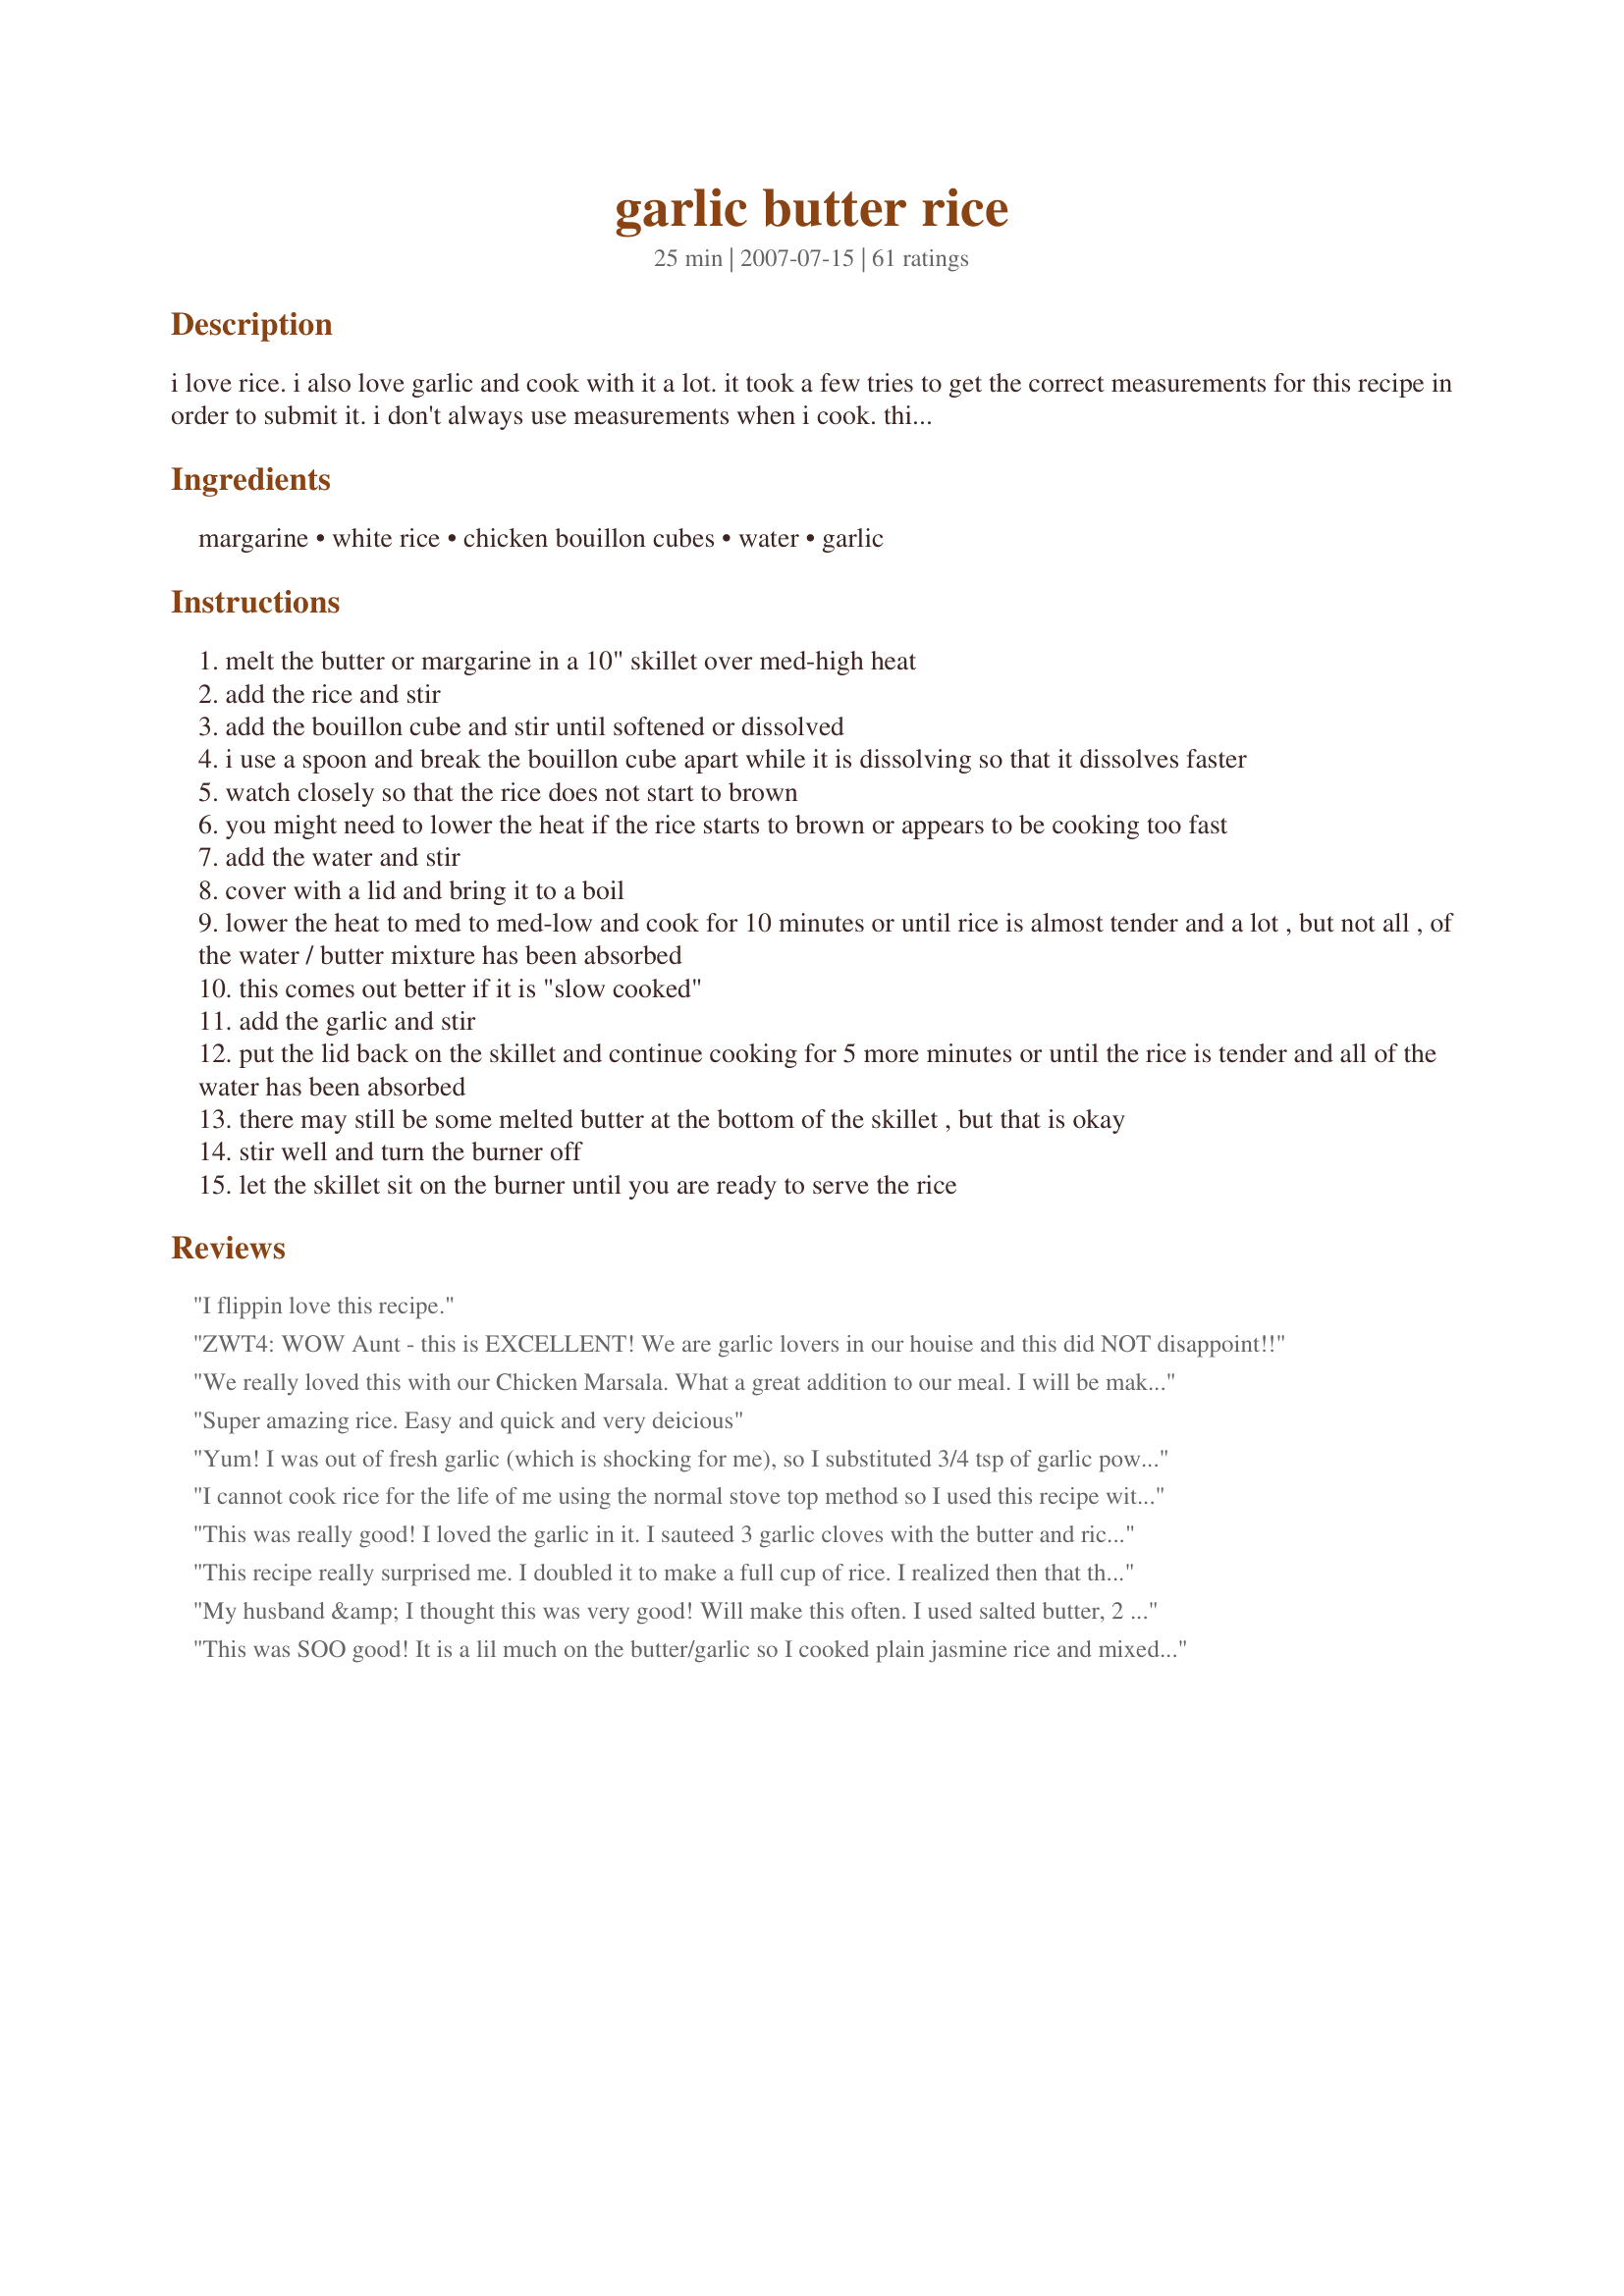
garlic butter rice
Preparation time: 25 minutes

i love rice. i also love garlic and cook with it a lot. it took a few tries to get the correct measurements for this recipe in order to submit it. i don't always use measurements when i cook. this is very easy to make. this is a very moist and buttery rice with a good, but not overpowering garlic flavor. for rice with less moisture, use less water and for a less garlicky flavor, use less garlic. i read in an article on an internet medical site, that if garlic is cooked too long, it loses some of its healthful benefits. they said not to cook garlic any longer than 3-6 minutes. i have also noticed that it loses some of its flavor if it's cooked too long. therefore, i add the garlic towards the end of the cooking time to get more of a garlic flavor and more healthful benefits from the garlic. i will sometimes have this for breakfast with a fried egg. i just put some of the rice on a plate and put a fried egg on it and mix it together. it is really good that way. i also serve the rice with gravy over it as a side dish with some meat. it is also good just by itself. the chicken bouillon is optional but it adds to the flavor of the rice. if you have to or are watching your sodium intake, you might want to omit the bouillon or use less of it. i have found that jasmine rice gives the best results for this recipe but you can also use white rice. prep and cooking times are estimates. note: due to the first review, i have edited this recipe. thank you lauralie41,

Ingredients:
margarine, white rice, chicken bouillon cubes, water, garlic

Steps:
melt the butter or margarine in a 10" skillet over med-high heat
add the rice and stir
add the bouillon cube and stir until softened or dissolved
i use a spoon and break the bouillon cube apart while it is dissolving so that it dissolves faster
watch closely so that the rice does not start to brown
you might need to lower the heat if the rice starts to brown or appears to be cooking too fast
add the water and stir
cover with a lid and bring it to a boil
lower the heat to med to med-low and cook for 10 minutes or until rice is almost tender and a lot , but not all , of the water / butter mixture has been absorbed
this comes out better if it is "slow cooked"
add the garlic and stir
put the lid back on the skillet and continue cooking for 5 more minutes or until the rice is tender and all of the water has been absorbed
there may still be some melted butter at the bottom of the skillet , but that is okay
stir well and turn the burner off
let the skillet sit on the burner until you are ready to serve the rice

Reviews:
I flippin love this recipe.
ZWT4: WOW Aunt - this is EXCELLENT! We are garlic lovers in our houise and this did NOT disappoint!!
We really loved this with our Chicken Marsala. What a great addition to our meal. I will be making it often as a side we all enjoyed! Thank!
Super amazing rice. Easy and quick and very deicious
Yum! I was out of fresh garlic (which is shocking for me), so I substituted 3/4 tsp of garlic powder and found it mild and delish. We also used brown rice and increased the cooking time to 40 minutes, and it was still quite lovely.
I cannot cook rice for the life of me using the normal stove top method so I used this recipe with the cooking method from Recipe #109716 . Turned out perfect!YUM!
This was really good! I loved the garlic in it. I sauteed 3 garlic cloves with the butter and rice. Then boiled 2 more garlic cloves with the rice. Used less butter then was recommended though.
This recipe really surprised me. I doubled it to make a full cup of rice. I realized then that this calls for twice the liquid that my normal method does. I was skeptical, and nearly changed it, but I'm glad I didn't. The rice turned out very creamy - almost like risotto without all the work! I used chicken broth rather than water and bouillon cube. My husband did say it had too much garlic, but I had gone for the larger amount, so I will just cut back next time.
My husband &amp; I thought this was very good! Will make this often. I used salted butter, 2 1/2t Better than Bouillon Base, Jasmine Rice, water &amp; 2T fresh minced garlic. I wouldn't use less garlic but would possibly use more the next time. Had to cook almost 5 minutes longer than recipe calls for. Definitely a keeper!
This was SOO good! It is a lil much on the butter/garlic so I cooked plain jasmine rice and mixed half plain rice with half this recipe and that was a perfect dish for me. I added mixed veggies too.
New family favorite! I doubled it, but followed receipe otherwise and served alongside Steelhead Trout. Worked together beautifully. Will use less butter next time when doing so, but still have no left overs. With pre-teen kids, this means success in my book!
This was delicious! My DH made this for me using brown rice and just cooked it longer, and it turned out to be an excellent dish. We also had the leftovers with a fried egg the next morning as suggested, and that was terrific too! Thanks for posting! :)
Yummy! This rice was so delicious, we all really enjoyed eating it. I used the Jasmine rice, two chicken bouillon cubes, water and two tablespoons of garlic. I'm so glad I used the water instead of the chicken broth because the flavours of the bouillon and broth would be to overpowering. If I make this again next time I will cut down the butter to two tablespoons just because I think it would be healthier for my family. Overall we all really enjoyed this recipe so much, there were no leftovers. Thank you AuntWoofieWoof
Oooh this was tasty! Made some changes based on previous reviews and our taste: used 3/4 cup rice, 2 1/2 cup water and one large chicken bouillon cube. I think if I used chicken stock in place of water it would have been WAAAYYY too salty even with the increased rice. I used a total of about 1/4 cup butter. I did five FAT garlic cloves (we loveeee garlic) and sauteed half with the butter, the other half stirred in near the end as per directions. Also threw in a small diced onion with the garlic and butter. Finally I sprinkled in red pepper flakes, dried oregano and basil and black pepper when I added the rice. Served with a ton of green peas (I mixed mine into the rice - yum) and a baked spicy coil sausage we found here in Bulgaria. SO GOOD!
Made for Holiday Tag 2007. Wonderful rice recipe. So full of flavor. I have only ever made rice in a rice cooekr before, but I followed this recipe exactly (using the chicken broth instead of the water) and it came out perfectly. The rice was fluffy and perfectly cooked. This would make a great dish to so many meals. Thanks for another terrific recipe, Aunt.
Super tasting rice! I used 2 Tblsp. of butter, 1 cup of rice, and enough broth to cover the rice by one inch. We loved the garlic and butter flavor. I cooked it a little longer than suggested because we like our rice fully cooked. Thanks for sharing.
Used long grain brown rice instead of white. I also used 2 cups of rice. 1 cup veggie broth and 3 cups of water. I kept the same amount of garlic and also added 1/2 cup chopped onion. I used only 2 tablespoons of butter. I melted the butter in a pot and sauteed the onion and garlic together on medium heat. I then added rice and stirred it up. I sauteed the rice for a minute or two then added the liquid and a teaspoon of salt. I then turned up the heat to boil. After it began to boil I put a flame tamer under the pot. The flame tamer keeps the rice from sticking to the bottom of the pot. I then turned down to medium to a good simmer, stirred it once, and let the rice cook UNCOVERED for about 40 mins until most of the water was absorbed. I then turned the heat all the way down to low and covered it for 10 minutes to let it steam. After 10 mins I turned off the heat and kept it covered for another 10 minutes. It came out great! It was fluffy, light and very flavorful. My husband and mother in law loved it, and they both come from a Puerto Rican family who makes rice on a daily basis, so when they like the rice I know it is good. Will definitely make again.
This is lovely & simple, especially when you cheat & use the rice cooker like me. I put the rice in with 1 tsp chicken stock powder and 1 tsp garlic powder and a bit of parsley for colour, once it got to keep warm stage I stirred in the butter, yum. Made for ZWT 4.
Trying to find something comparable to Uncle Ben's Garlic butter rice, this surely came close. I used chicken broth to cook the rice in and at the end I added salt and peeper. Adding the salt was a mistake. My bad! Other wise it was quite good. Thanks for sharing.
This way way too garlicky and buttery for me. And I like garlic and butter. I doubled the recipe but only increased the butter to 1/2 cup and it was still just too much. However, the texture of the rice was good. Soft and thick. For that I give it two and a half stars. I might try mixing it with unflavored white rice and see if I can eat it that way.
Really flavorful rice. I used Brown Jasmine and I also replaced 1Tbs. of the butter with sesame oil. We enjoyed it along side of recipe #187477 Everyone here liked it. Thanks!
I tried this yesterday and it was a great hit at our house. It went very well with baked pork chops and potato wedges. This recipe is a keeper. Thanks for posting it!&lt;br/&gt;.
I was skeptical that the rice would cook properly but it came out perfect!
I loved this rice. It is such an easy side dish and costs next to nothing!!! Yummy, I served this with recipe#19859 and it was perfect. Thank you so much for such an easy dish.
This rice was very delicious. I ended up adding tuna and onion. However, I added 2 tablespoons of garlic but didn't get a strong enough flavor. Next time I will add 3 or even 4 tablespoons of garlic.
OMG this is YUMMY! Will make again and again and again.....TY for posting!
Used this as a sidedish for scallops. I was afraid it might be too garlicky, but the flavor was just right. Cheated and used 2 T. chopped garlic from a jar---half roasted and half regular minced. I think I will cut the butter back to 2 T. next time as some reviewers suggested. Definitely a tasty dish. Thanks!
Excellent! The only rice my kids like.
I used 2 T butter, 2 chicken bouillon cubes, jasmine rice and water (instead of broth). This was the best! It was so good. The only downfall was how fattening it is from so much butter, but it was worth it! I may try it again with less butter, but I'm not sure how good it would turn out. Following the directions, it turned out moist...perfect rice.
This was great. I cheated like another reviewer and used my rice cooker. I used margarine, chicken broth and no bouillon (has milk in it, I'm allergic) but did add about a half tsp of kosher salt to make up for it. I melted the butter before I turned my rice cooker on and stirred mid-way through cooking. It was excellent, so buttery and garlic-y. Thanks!
I love garlic and this was a very nice side dish. Doubled the recipe and used chicken broth in place of the water and chicken bouillon cubes. The amount of water was not stated in the recipe so I followed the Minute Rice instructions on the box and used 1 cup of broth. Served with gertc96's Recipe #235365. Thank you AuntWoofieWoof posting this recipe!
I honestly can&#039;t believe how much butter and sodium is in this recipe. I thought it would be too much for me so I cut the amount of butter in half as well as the chicken stock/bouillon. I also used 3/4th of a cup of rice instead of 1/2. The rice was just too buttery for me. I couldn&#039;t finish my serving of rice. Next time I&#039;m going to try 1 T of butter, 1 cup of rice, 1 cup of chicken stock, 1 cup of water, 4 cloves of garlic. Brown/roast the garlic in butter first, then adding in rice to very slightly brown. Add water and stock.
Yum, yum, yum! Made just as directed, using white rice and water instead of chicken broth. Served with a baked salmon and it was excellent. Can't wait to make this one again!! Thanks for a great recipe!!!
*Update - we made again, and were out of bouillon and chicken broth. We used beef broth instead, and it was just as wonderful. We also lowered the butter amount to 3T. Yumm...
This was very good. Will make again.
this awesome! everyone loved it! deff a keeper!
I have never been able to get any rice dish other than minute rice to turn out for me but this came out absolutely perfect! I served it with grilled chicken and grilled corn on the cob and it was the perfect side dish. I made a few adjustments to the recipe based on some of the other reviews. I didn't use 1/3 cup of butter instead I just scooped out a large spoonful of light margarine, maybe 1/4 cups worth but probably not even that much. I also used garlic powder instead of fresh garlic since my husband isn't a big fan of the real stuff. I threw it in with the bouillon cube and toasted the rice up before adding the chicken broth. I let it slow cook like the directions said but we don't like our rice very moist so I cooked it long enough to get a nice dry separated consistency on the rice. It was so so good! Can't wait to make it again!
We had this tonight with echo echo's Finger Licking Marinated chicken. It was a great combination. At first I was afraid my husband might think it was too much garlic in the rice. He said "you can never have too much garlic butter" Thanks for the great recipe!
Followed the recipe exactly and came out great. Will definately be making this again!
I love this rice too, it was a BIG hit with the family tonight!
I made this to go along side of a Talapia dish and it was SO GOOD!
With the garlic, I also added fresh lemon juice & fresh dill. Tasty!
Made this tonight with Ginger Glazed Mahi-mahi and broccoli. This was very good. I also only used 2 tablespoons of butter, used brown rice and added green onions and scrambled eggs. Very nice side dish and will definitely be making this again and again. Thanks for sharing.
When I first read this recipe, I thought there was no way it was going to produce an edible rice... more like rice porridge. Well, I am happy to say I was wrong! I just couldn't see how 1/2c rice would absorb 1.5c of water/broth... but it did. I used only 2 Tbs of butter and toasted my rice (Jasmine) slowly in that. It was plenty for us... I didn't want an oily rice... I added in 1/2 a bouillon cube for a subtle chicken taste and water for the liquid... I added in 2 cloves of garlic ( thinly sliced) at the beginning of the cooking and then stirred in another 2 cloves at the end... My rice turned out fluffy, tender and dry... meaning that there was no liquid in the pan when I finished cooking. It was the best rice I have ever had!!! My BF also liked it a lot... he finished off the pan! We will make this often... thanks for a great recipe that deserves a lot more than 5 stars...
Excellent rice! made exactly as recipe, turned out perfectly, fragrant and delicious! I served this with recipe#233779 for a fabulous family supper!
This is a real keeper! - I just may be making it again tonight! So good!
My husband loves, loves, love rice. This was a wonderful dish, I added the freshly minced garlic near the end and the flavor was quite robust. We love garlic so that was perfect. Definately something we will make again and again. Oh, yes I did cut the butter down to 2 T. and it worked well.
I made exactly as written using Jasmine Rice and could not have been happier. Great flavor and texture that went perfectly with the Grilled Chicken &amp; Romaine. I can&#039;t wait to try this again and add some sauteed mushrooms and green onions to the mix! Thanks for posting!
I used brown rice and it was packed with great flavor. We really enjoyed it and had it with some fried steaks and cauliflower and cheese sauce. We will make this again and again! Thanks!
Best rice I've ever made! I too, used less butter - about 2 T or so. Also used a vegetable boullion cube as that was what I had and it kept it vegetarian. We especially liked how the rice had a little crunch to it - almost al dente! This was gobbled up by everyone, so the only change I will make next time is to double the recipe. Will try keeping the butter at 2 T and see if that does it for 1 c rice too. Will try brown rice sometime as well. Thank you for sharing!
It was delicious! I used chicken broth as opposed to water, I think either way it would be perfect!
Doubled the recipe, did not use the bouillon cubes/granules, and used 2 cups of chicken broth (it was all I had) with 1 cup of water. I paired it with chicken scampi, and it was incredible. My little stepsister didn't even want more chicken...she wanted more rice! I could eat it by itself, no problem.
A great recipe for those who enjoy rice - and we do. Moist buttery and so good. Made as posted with excellent results - next time when I get to step seven will try the rice cooker - should work! Have this recipe set aside to make again - very soon.
I followed the recipe exactly. It was delicious and i had asked my husband to taste it. He was pleasantly surprised by all the flavor but when he looked in the pan, there really wasn't much there. So I cooked another cup of rice and mixed it into the pan. It still had that really delicious flavor. Glad to have stumbled upon this recipe! Thank you for sharing a great dish.
This rice is soooo good! I used 1 cup rice and 1 3/4 cup water. I used 2 garlic cloves and toasted them in the beginning with the rice and then added 2 additional garlic cloves at the end as directed. I also used 2 TBL butter and it was just sooo tasty. The recipe says do not let the rice turn brown, but I let it turn a little brown and it gave the rice a toasted butter flavor and a beautiful color! I will make this again and again. Went well with our crock pot pork chops.
Delicious! A wonderful addition to my side dish recipes. Yummy! I've made it both ways, once with broth and bouillon and once with water and bouillon. No one tasted the difference. All I know is I liked it either way.
Enjoyable. Change nothing.
Very, very good. Will make often. Thanks!
this was very good, but very garlicky! i used half the suggested amounts of butter and garlic and it was still very buttery and very garlicky. so, proceed with caution on the garlic side in particular! i really liked the texture of the rice using more water than the usual amount for rice. i also used water and bouillon and no stock to limit the salt content.

very yummy, thanks!
The first time I made this, I used the proportions given. Well! My oldest requested I make it again the very next day - but insisted I double the recipe. I have to tell you that when I make it now, I quadruple it - for four people! - because the boys will eat this like they've been on a hunger strike! We have it at least twice a week and I don't think it's ever going to get old. Thank you sooooo much for the easiest, tastiest rice recipe EVER!
Perfect! Soooooo yummy. Thanks.
Oh my goodness, this has so much butter! We even cut down the butter and it was still too much for my taste. Next time would cut down to a couple tbsp. (We use 1/3 cup for 1 1/2 times the recipe.) I also would add the garlic in earlier as I used 4 cloves of garlic plus a couple tsp of jarred garlic and didn't really taste much but the butter. That being said, would likely make again with these changes! Served with some blackened snapper and grilled asparagus while on vacation!
This recipe was a hit with my partner...I was looking for something that was close to a rice I normally get at a local Greek restaurant. I follow the directions for the most part but added fresh chopped parsley and just a few diced onions to the melted butter. Towards the end I did add a squeeze of fresh lemon. This rice was beyond great...I can't wait to make this one again!!!
BOY this was good!!!! And went beautifully with the teriyaki pork chops I made! I too used minced garlic from a jar, and used the whole 3 Tbl. It was a bit too much, so next time I'll just use 2 Tbl. (But I think that the jarred stuff is way stronger.) I also added just a little (1/2 a Tbl. about) dried parsley at the end for a bit of color. We LOVED the buttery garlic flavor! Will make many, many times I'm sure!! Thanks so much!! :)
Loved this recipe. Don't normally like rice but this was flavorful and added a nice touch to dinner.
